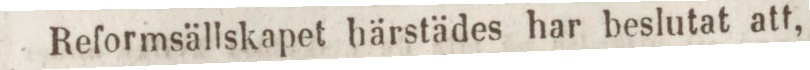
Reformsällskapet härstädes har beslutat att,